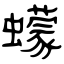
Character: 蠓